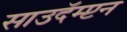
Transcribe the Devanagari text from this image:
साउदॅम्प्टन